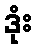
ဒုံး